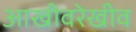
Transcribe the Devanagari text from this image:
आखीवरेखीव